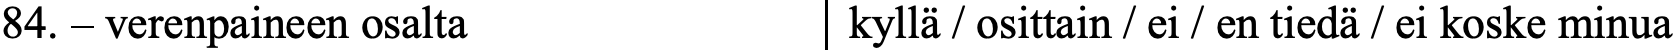
84. – verenpaineen osalta   kyllä / osittain / ei / en tiedä / ei koske minua